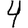
Digit: 4